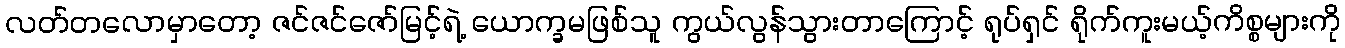
လတ်တလောမှာတော့ ဇင်ဇင်ဇော်မြင့်ရဲ့ ယောက္ခမဖြစ်သူ ကွယ်လွန်သွားတာကြောင့် ရုပ်ရှင် ရိုက်ကူးမယ့်ကိစ္စများကို